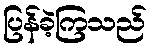
ပြန်ခဲ့ကြသည်